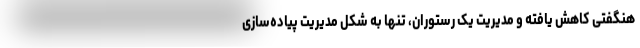
هنگفتی کاهش یافته و مدیریت یک رستوران، تنها به شکل مدیریت پیاده‌سازی